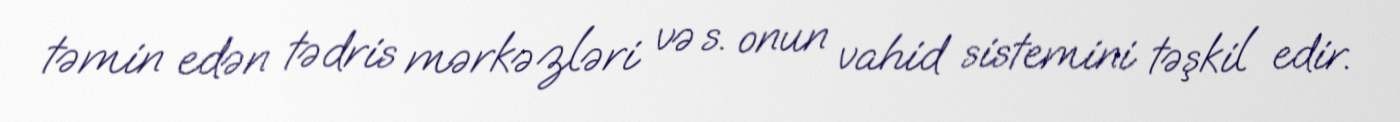
təmin edən tədris mərkəzləri və s. onun vahid sistemini təşkil edir.